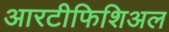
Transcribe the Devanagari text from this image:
आरटीफिशिअल